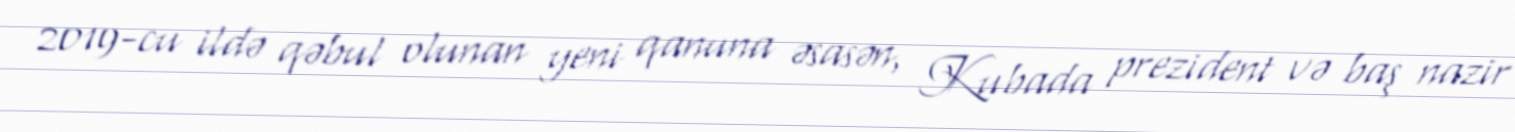
2019-cu ildə qəbul olunan yeni qanuna əsasən, Kubada prezident və baş nazir